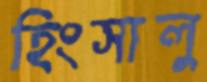
হিংসালু